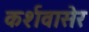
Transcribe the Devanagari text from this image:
कर्शवासेर